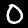
Digit: 0